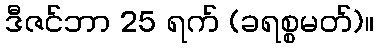
ဒီဇင်ဘာ 25 ရက် (ခရစ္စမတ်)။